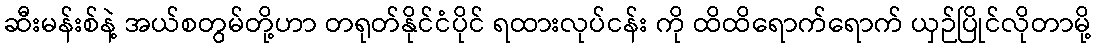
ဆီးမန်းစ်နဲ့ အယ်စတွမ်တို့ဟာ တရုတ်နိုင်ငံပိုင် ရထားလုပ်ငန်း ကို ထိထိရောက်ရောက် ယှဉ်ပြိုင်လိုတာမို့